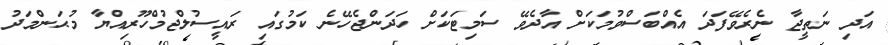
އަދި ނަތީޖާ ނެރެވޭފަދަ އެއްބަސްވުމަކަށް އާދެވޭ ސަމިޓަކަށް ހަދަންޖެހޭނެ ކަމުގައި ރައީސުލްޖުމްހޫރިއްޔާ މުޙަންމަދު